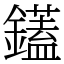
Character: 鑉